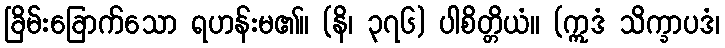
ခြိမ်းခြောက်သော ရဟန်းမ၏။ (နိ၊ ၃၇၆) ပါစိတ္တိယံ။ (ဣဒံ သိက္ခာပဒံ၊